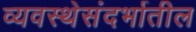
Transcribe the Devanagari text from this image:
व्यवस्थेसंदर्भातील